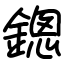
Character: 鏓